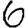
Digit: 6